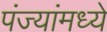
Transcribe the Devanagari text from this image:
पंज्यांमध्ये